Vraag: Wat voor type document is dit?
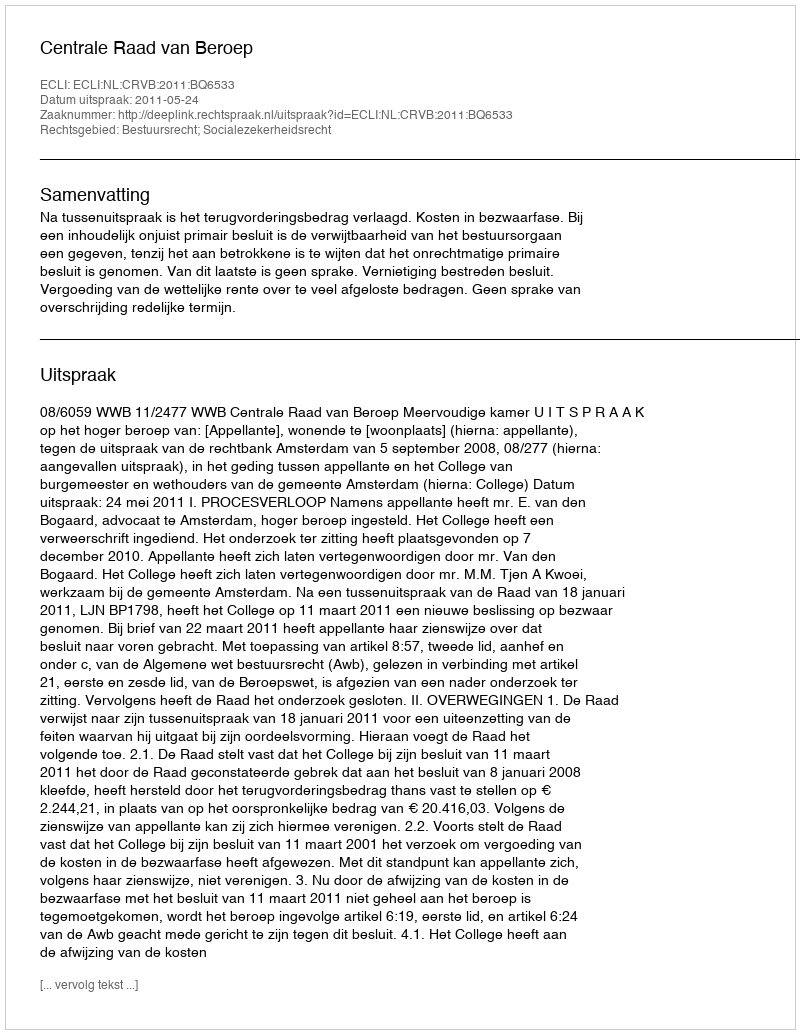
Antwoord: Uitspraak